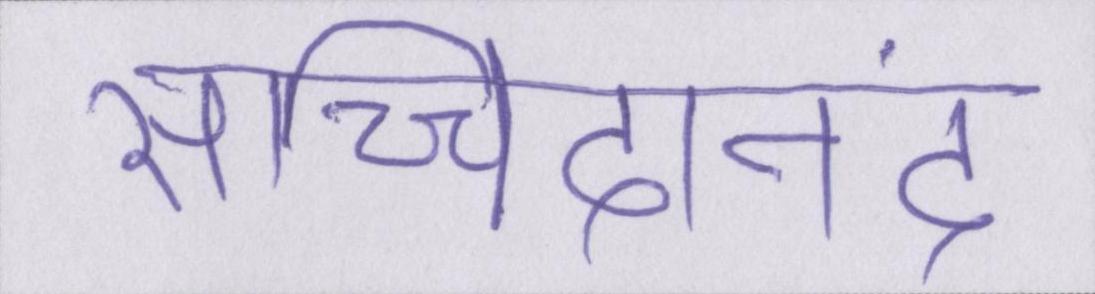
सच्चिदानंद